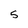
Character: 5